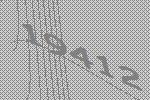
19412